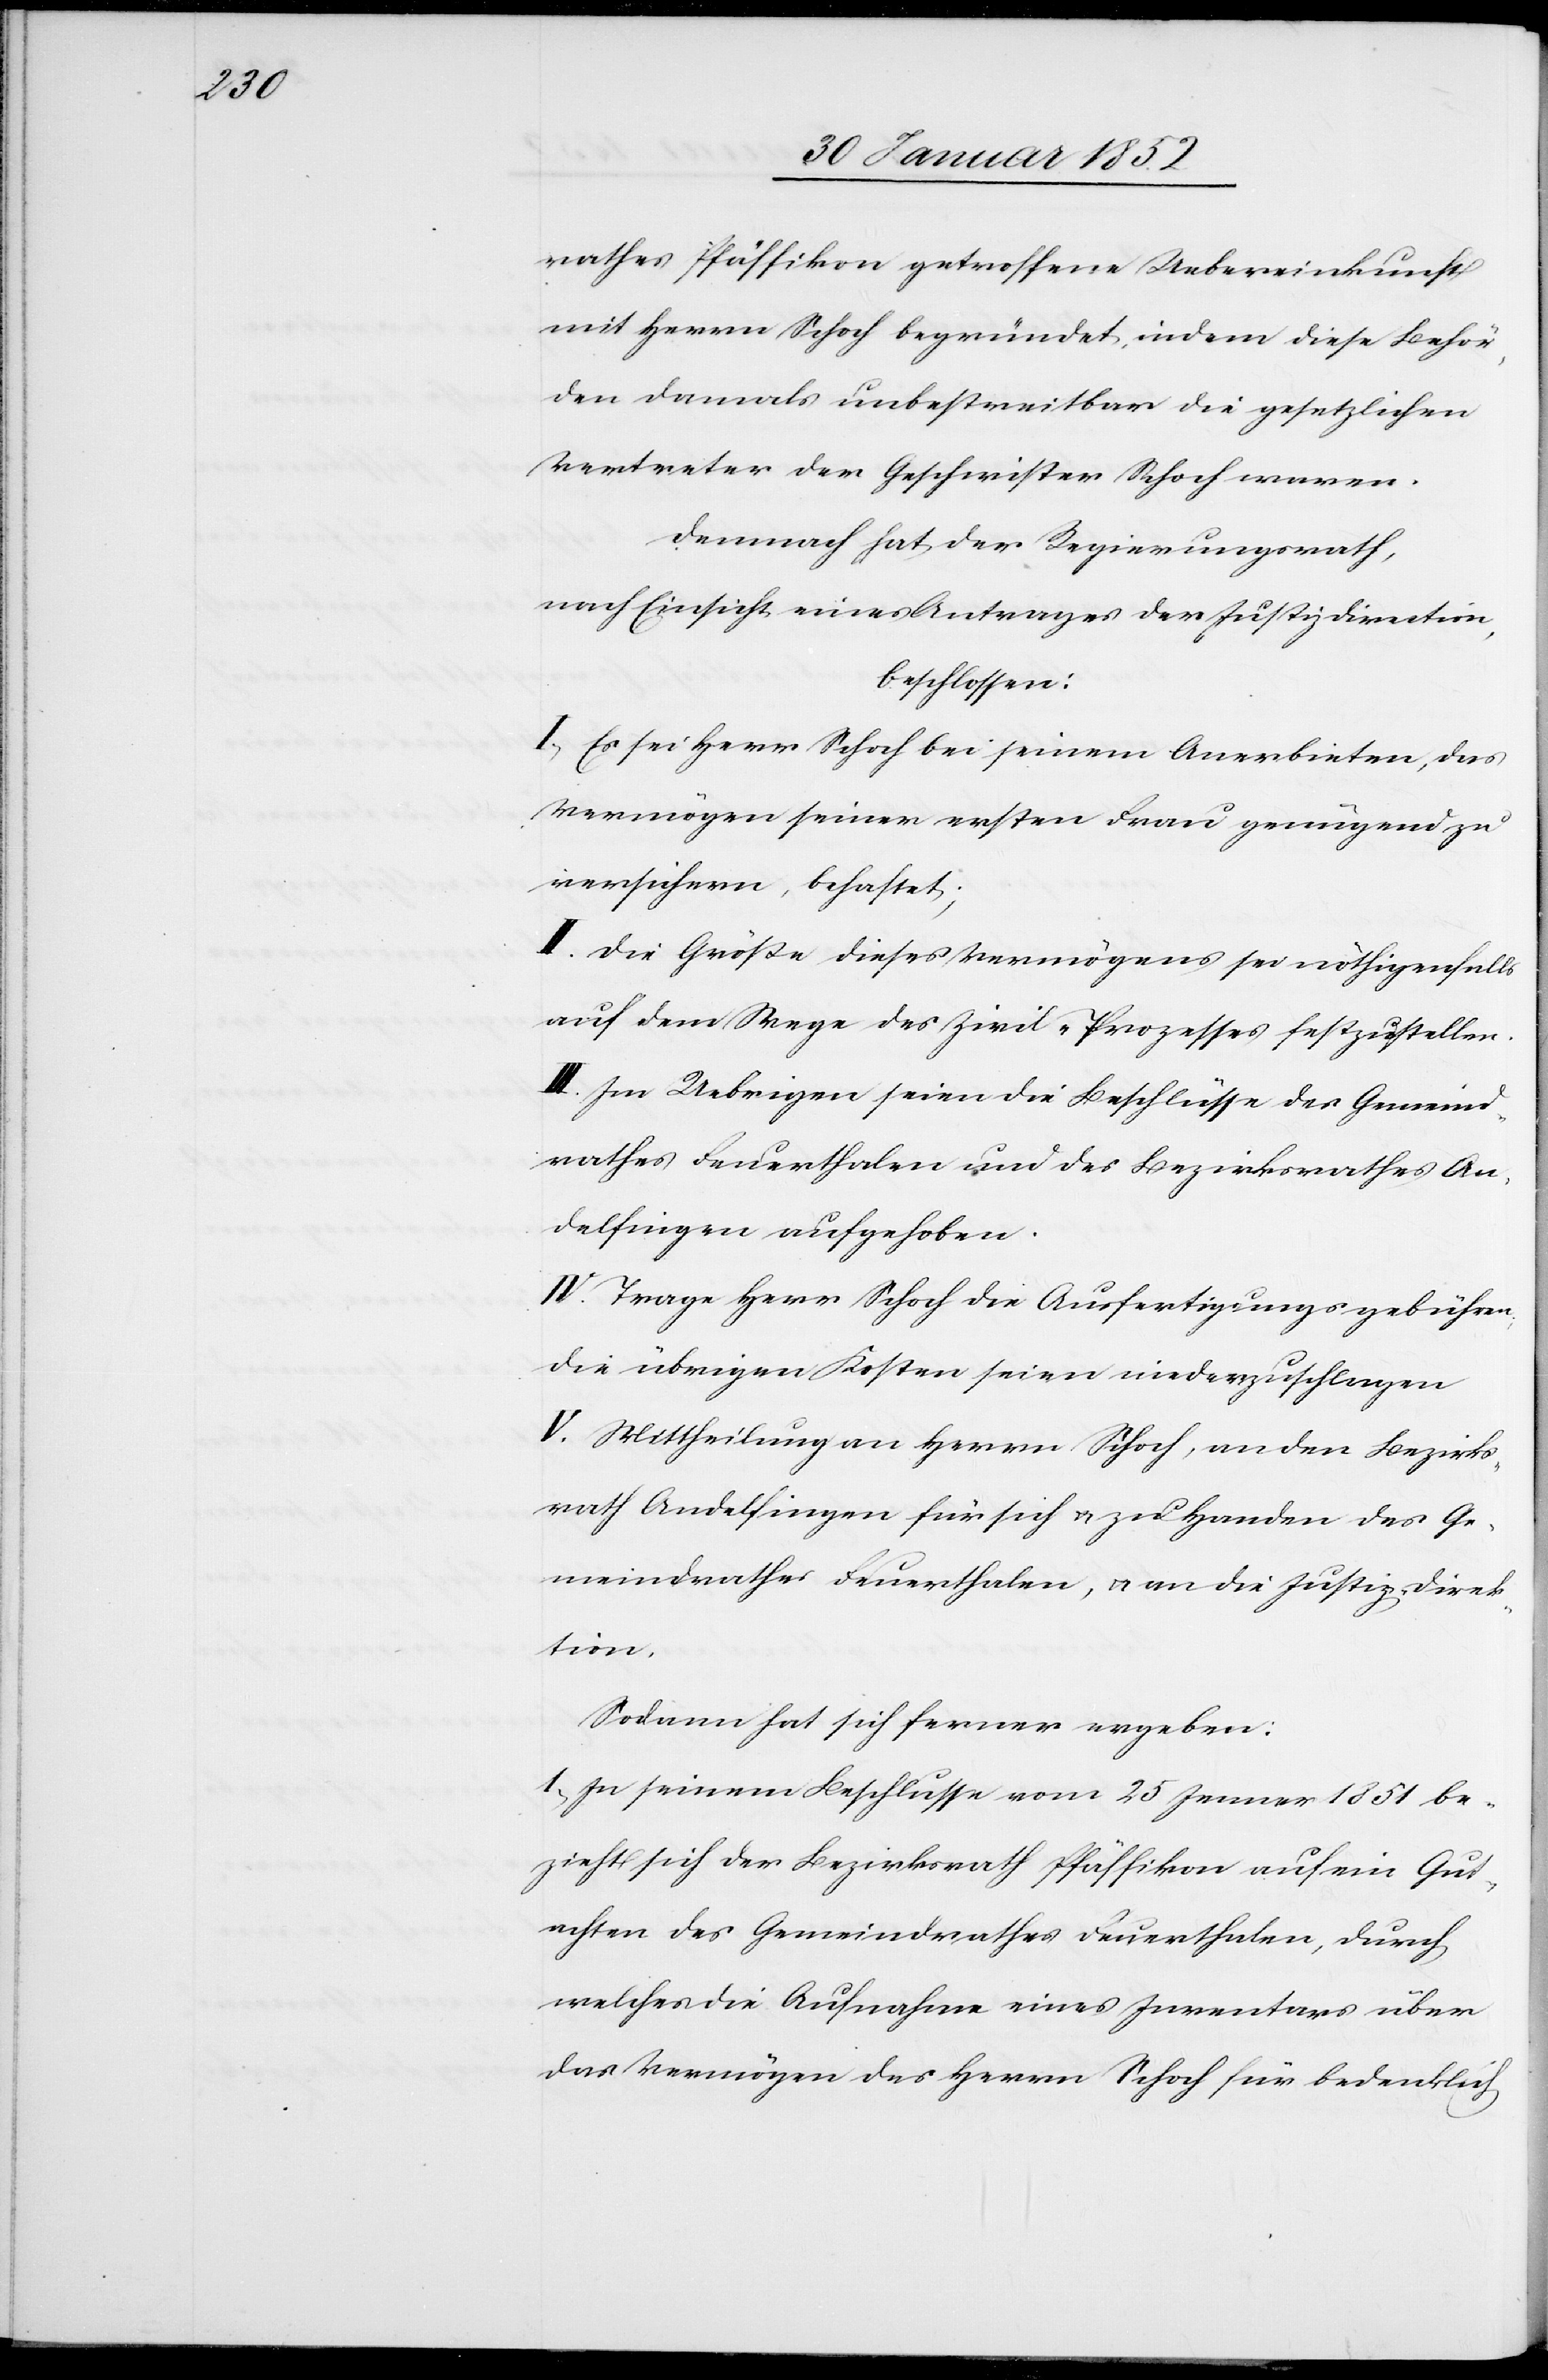
rathes Pfäffikon getroffene Uebereinkunft
mit Herrn Schoch begründet, indem diese Behör¬
den damals unbestreitbar die gesezlichen
Vertreter der Geschwister Schoch waren.
Demnach hat der Regierungsrath,
nach Einsicht eines Antrages der Justizdirection,
beschlossen:
I. Es sei Herr Schoch bei seinem Anerbieten, das
Vermögens einer ersten Frau genügend zu
versichern, behaftet;
II. Die Größe dieses Vermögens sei nöthigenfalls
auf dem Wege des Zivil-Prozesses festzustellen.
III. Im Uebrigen seien die Beschlüsse des Gemeind¬
rathes Feuerthalen und des Bezirksrathes An¬
delfingen aufgehoben.
IV. Trage Herr Schoch die Ausfertigungsgebühren,
die übrigen Kosten seien niedergeschlagen.
V. Mittheilung an Herrn Schoch, an den Bezirks¬
rath Andelfingen für sich u. zu Handen des Ge¬
meindrathes Feuerthalen, u. an die Justizdirek¬
tion.
Sodann hat sich ferner ergeben:
1) In seinem Beschlusse vom 25 Jenner 1851 be¬
zieht sich der Bezirksrath Pfäffikon auf ein Gut¬
achten des Gemeindrathes Feuerthalen, durch
welches die Aufnahme eines Inventars über
das Vermögen des Herrn Schoch für bedenklich